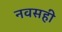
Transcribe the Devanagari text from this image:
नवसही